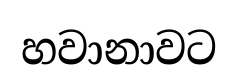
හවානාවට